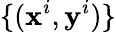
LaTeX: \{ (\mathbf{x}^{i},\mathbf{y}^{i})\}